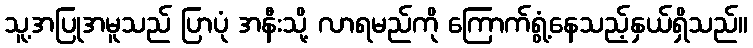
သူ့အပြုအမူသည် ပြာပုံ အနီးသို့ လာရမည်ကို ကြောက်ရွံ့နေသည့်နှယ်ရှိသည်။